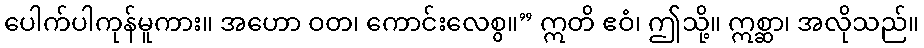
ပေါက်ပါကုန်မူကား။ အဟော ဝတ၊ ကောင်းလေစွ။” ဣတိ ဧဝံ၊ ဤသို့။ ဣစ္ဆာ၊ အလိုသည်။